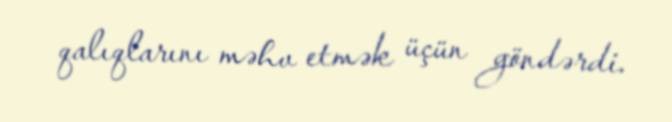
qalıqlarını məhv etmək üçün göndərdi.